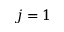
j = 1